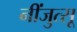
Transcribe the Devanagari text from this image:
नींजुत्सू